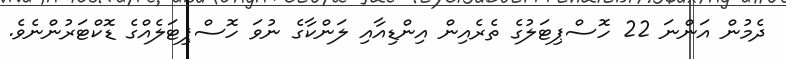
ދެމުން އަންނަ 22 ހޮސްޕިޓަލުގެ ތެރެއިން އިންޑިއާއި ލަންކާގެ ނުވަ ހޮސްޕިޓަލެއްގެ ޑޮކްޓަރުންނެވެ.